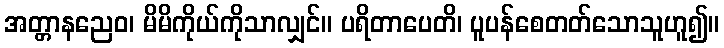
အတ္တာနညေဝ၊ မိမိကိုယ်ကိုသာလျှင်။ ပရိတာပေတိ၊ ပူပန်စေတတ်သောသူဟူ၍။